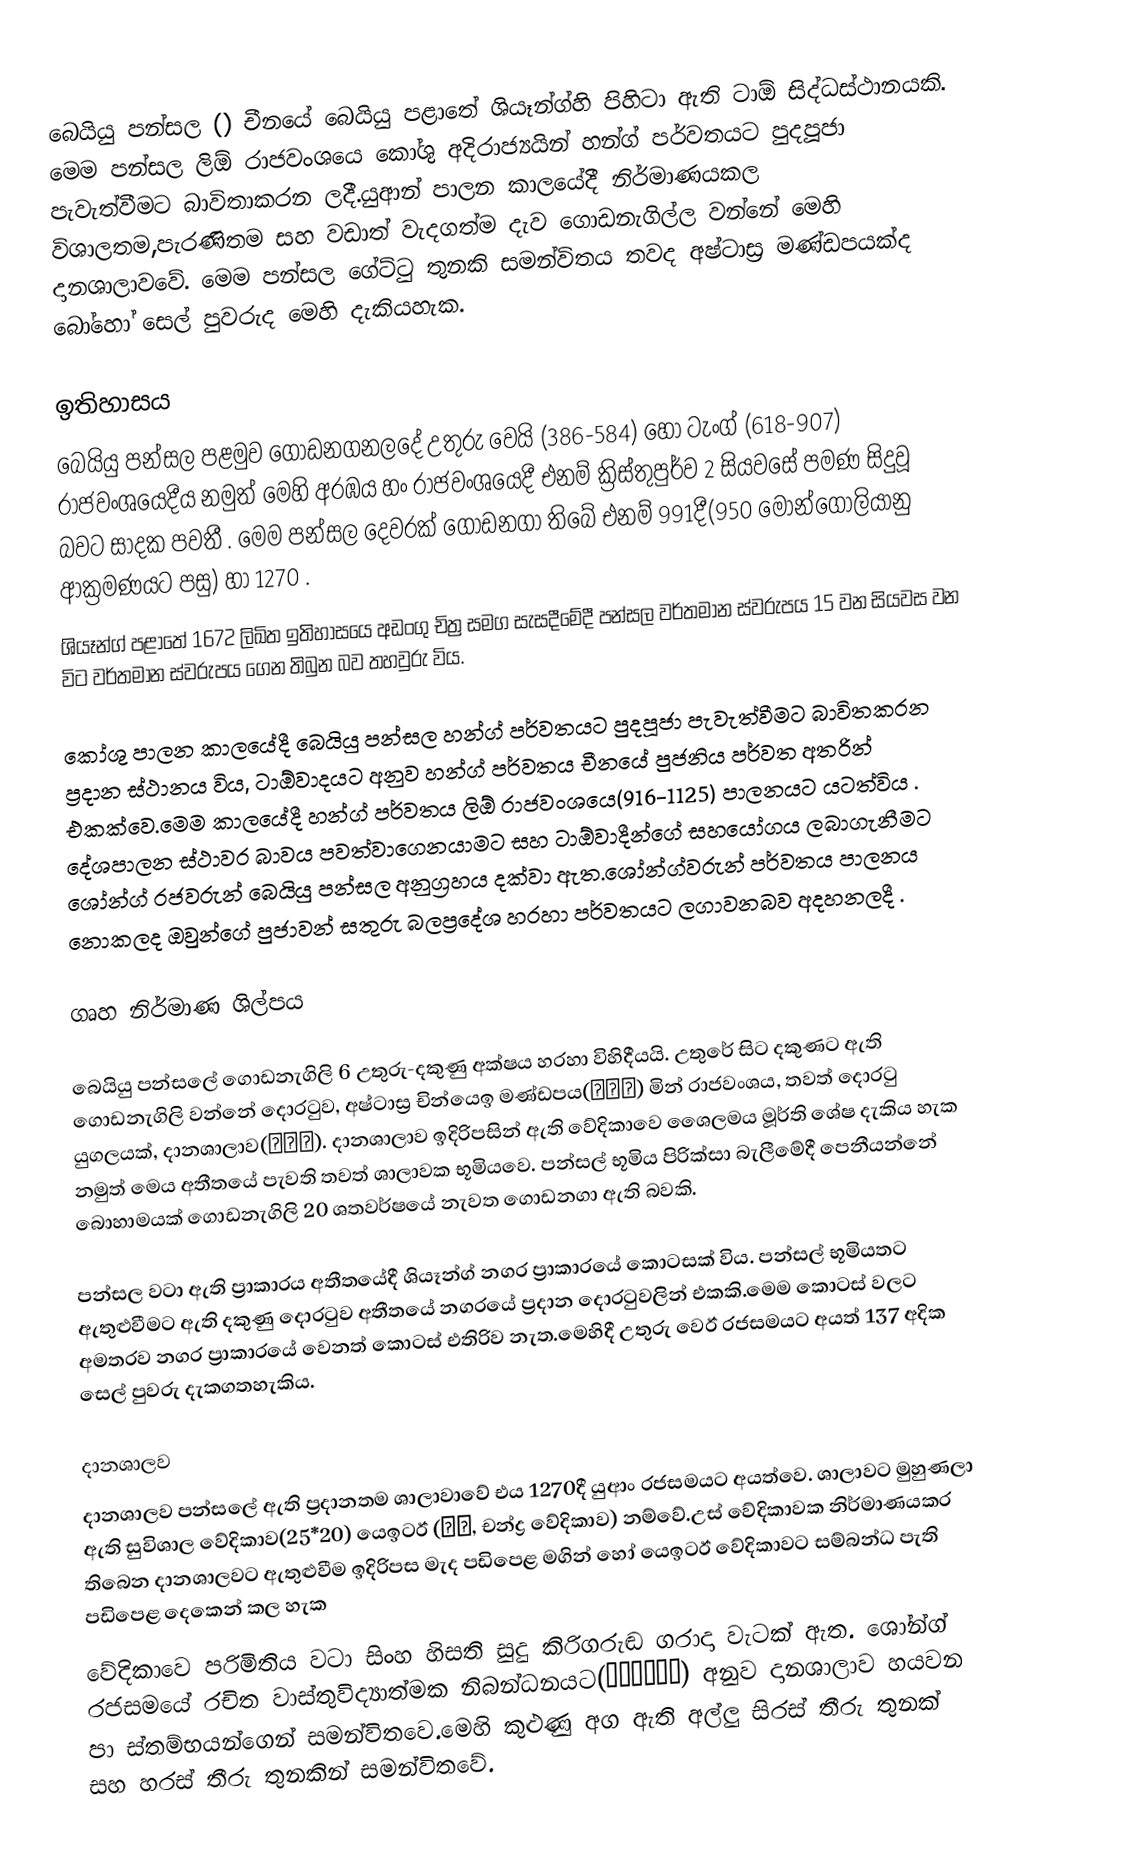
බෙයියු පන්සල ()   චීනයේ බෙයියු  පළාතේ ශියෑන්ග්හි පිහිටා ඇති ටාඕ  සිද්ධස්ථානයකි. මෙම පන්සල ලිඕ රාජවංශයෙ කෝශු අදිරාජ්‍යයින් හන්ග් පර්වතයට පුදපූජා පැවැත්වීමට බාවිතාකරන ලදී.යුආන් පාලන කාලයේදී  නිර්මාණයකල විශාලතම,පැරණිතම සහ වඩාත් වැදගත්ම දැව ගොඩනැගිල්ල වන්නේ මෙහි දානශාලාවවේ. මෙම පන්සල ගේට්ටු තුනකි සමන්විතය තවද අෂ්ටාස්‍ර මණ්ඩපයක්ද බෝහෝ  සෙල් පුවරුද මෙහි දැකියහැක.

ඉතිහාසය
බෙයියු පන්සල පළමුව ගොඩනගනලදේ උතුරු වෙයි  (386-584)  හෝ  ටැංග් (618-907) රාජවංශයෙදීය නමුත් මෙහි අරඹය  හං රාජවංශයෙදී එනම්  ක්‍රිස්තුපුර්ව 2 සියවසේ පමණ සිදුවූ බවට සාදක පවතී . මෙම පන්සල දෙවරක් ගොඩනගා තිබේ එනම් 991දී(950 මොන්ගෝලියානු ආක්‍රමණයට පසු) හා 1270 .
ශියෑන්ග් පළාතේ 1672 ලිඛිත ඉතිහාසයෙ අඩංගු  චිත්‍ර සමග සැසදීමේදී පන්සල වර්තමාන ස්වරුපය 15 වන සියවස වන  විට වර්තමාන ස්වරුපය ගෙන තිබුන බව තහවුරු විය.

කෝශු  පාලන කාලයේදී බෙයියු පන්සල  හන්ග් පර්වතයට පුදපූජා පැවැත්වීමට බාවිතකරන ප්‍රදාන ස්ථානය විය, ටාඕවාදයට අනුව  හන්ග් පර්වතය චීනයේ පුජනිය පර්වත අතරින් එකක්වෙ.මෙම කාලයේදී  හන්ග් පර්වතය ලිඕ රාජවංශයෙ(916-1125) පාලනයට යටත්විය . දේශපාලන ස්ථාවර බාවය පවත්වාගෙනයාමට සහ ටාඕවාදීන්ගේ සහයෝගය ලබාගැනීමට ශෝන්ග්  රජවරුන්  බෙයියු පන්සල අනුග්‍රහය දක්වා ඇත.ශෝන්ග්වරුන් පර්වතය පාලනය නොකලද ඔවුන්ගේ පුජාවන් සතුරු බලප්‍රදේශ හරහා පර්වතයට ලගාවනබව අදහනලදී .

ගෘහ නිර්මාණ ශිල්පය

බෙයියු  පන්සලේ ගොඩනැගිලි 6  උතුරු-දකුණු අක්ෂය හරහා විහිදීයයි. උතුරේ සිට දකුණට ඇති ගොඩනැගිලි වන්නේ  දොරටුව, අෂ්ටාස්‍ර චින්යෙඉ මණ්ඩපය(天一阁) මින් රාජවංශය, තවත්   දොරටු යුගලයක්, දානශාලාව(德宁殿). දානශාලාව ඉදිරිපසින් ඇති වේදිකාවෙ ශෛලමය මූර්ති ශේෂ දැකිය හැක නමුත් මෙය අතීතයේ පැවති තවත් ශාලාවක භූමියවෙ. පන්සල් භූමිය පිරික්සා බැලීමේදී පෙනීයන්නේ බොහාමයක් ගොඩනැගිලි 20 ශතවර්ෂයේ නැවත ගොඩනගා ඇති බවකි.

පන්සල වටා ඇති ප්‍රාකාරය අතීතයේදී ශියෑන්ග් නගර ප්‍රාකාරයේ කොටසක් විය. පන්සල් භූමියතට ඇතුළුවීමට ඇති දකුණු දොරටුව අතීතයේ නගරයේ ප්‍රදාන දොරටුවලින් එකකි.මෙම කොටස් වලට අමතරව නගර ප්‍රාකාරයේ වෙනත් කොටස් එතිරිව නැත.මෙහිදී උතුරු වෙඊ රජසමයට අයත් 137 අදික සෙල් පුවරු දැකගතහැකිය.

දානශාලව
දානශාලව පන්සලේ ඇති ප්‍රදානතම ශාලාවාවේ එය 1270දී යුආං රජසමයට අයත්වෙ. ශාලාවට මුහුණලා ඇති සුවිශාල වේදිකාව(25*20) යෙඉටඊ (月台,  චන්ද්‍ර වේදිකාව)   නම්වේ.උස් වේදිකාවක නිර්මාණයකර තිබෙන දානශාලවට ඇතුළුවීම ඉදිරිපස මැද පඩිපෙළ මගින් හෝ යෙඉටඊ වේදිකාවට සම්බන්ධ පැති පඩිපෙළ දෙකෙන් කල හැක
වේදිකාවෙ පරිමිතිය වටා සිංහ හිසති සුදු කිරිගරුඬ ගරාදා වැටක් ඇත. ශෝන්ග්  රජසමයේ රචිත  වාස්තුවිද්‍යාත්මක නිබන්ධනයට(營造學社法式) අනුව  දානශාලාව හයවන පා ස්තම්භයන්ගෙන් සමන්විතවෙ.මෙහි කුළුණු අග ඇති  අල්ලු සිරස් තීරු තුනක් සහ හරස් තීරු තුනකින් සමන්විතවේ.